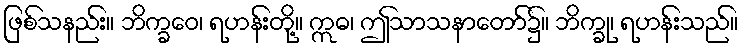
ဖြစ်သနည်း။ ဘိက္ခဝေ၊ ရဟန်းတို့။ ဣဓ၊ ဤသာသနာတော်၌။ ဘိက္ခု၊ ရဟန်းသည်။